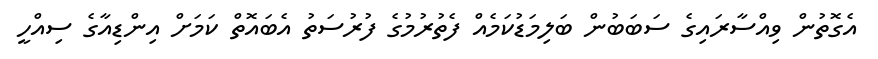
އެގޮތުން ވިއްސާރައިގެ ސަބަބުން ބަލިމަޑުކަމެއް ފެތުރުމުގެ ފުރުސަތު އެބައޮތް ކަމަށް އިންޑިއާގެ ސިއްހީ